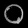
Digit: ၀